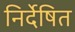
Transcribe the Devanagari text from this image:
निर्देषित